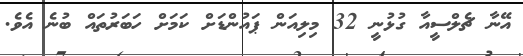
އޭނާ ޗެލްސީއާ ގުޅުނީ 32 މިލިއަން ޕައުންޑަށް ކަމަށް ހަބަރުތައް ބުނެ އެވެ.